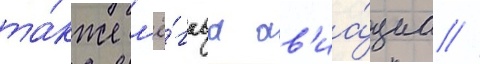
та́кже л'ё́гкаа ав'иа́циа //